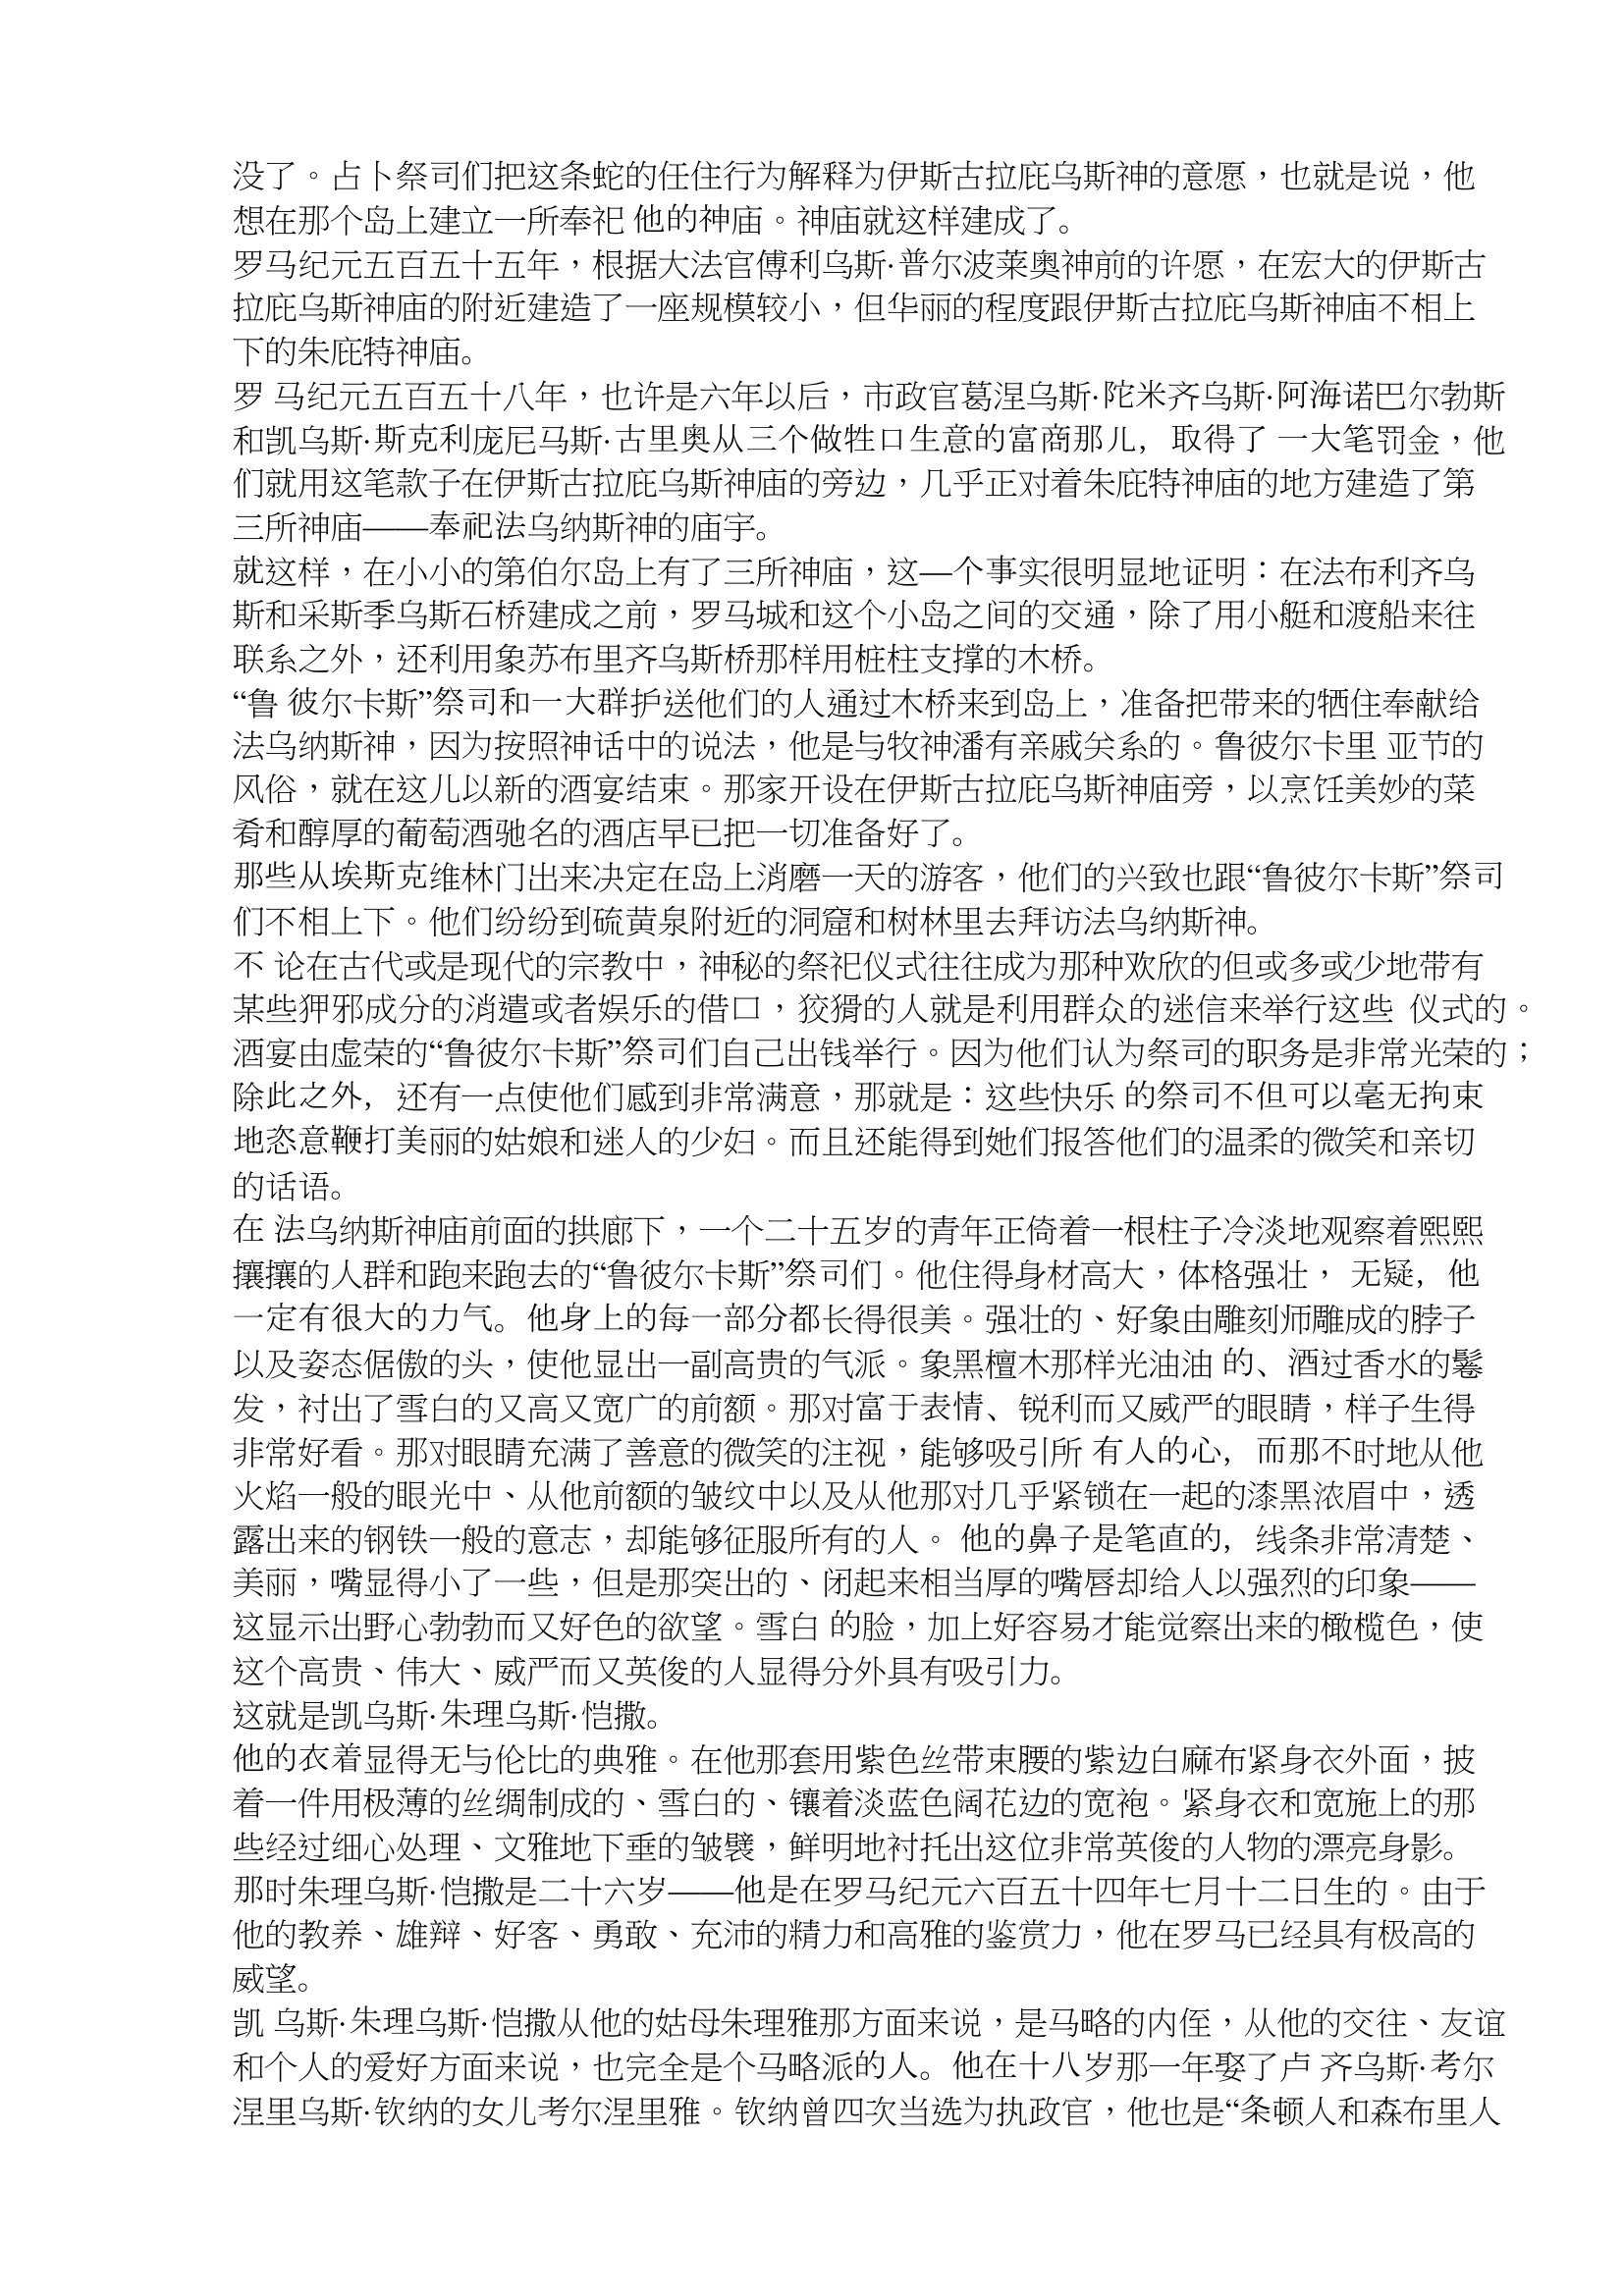
Language: zh